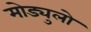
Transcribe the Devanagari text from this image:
मोड्युलो